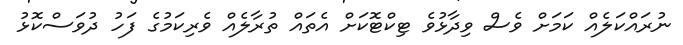
ނުރައްކަލެއް ކަމަށް ވެސް ވިދާޅުވެ ޓިިކްޓޮކަށް އެތައް ތުރާލެއް ވެރިކަމުގެ ފަހު ދުވަސްކޮޅު